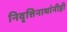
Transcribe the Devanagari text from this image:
निवृत्तिनाथांनीही